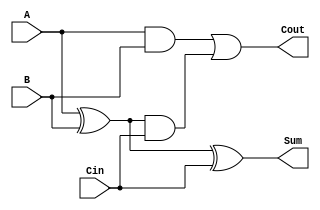
module Full_Adder(input A,B,Cin,output Sum,Cout);
wire X,Y,Z;
xor (X,A,B);
xor (Sum,X,Cin);
and (Y,A,B);
and (Z,X,Cin);
or (Cout,Y,Z);/*
assign X=A ^ B;
assign Y=A & B;
assign Z=X & Cin;
assign Sum=X ^ Cin;
assign Cout=Y | Z;*/
endmodule